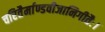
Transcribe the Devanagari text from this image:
चरितैर्माण्डवीजानिगीतैः।